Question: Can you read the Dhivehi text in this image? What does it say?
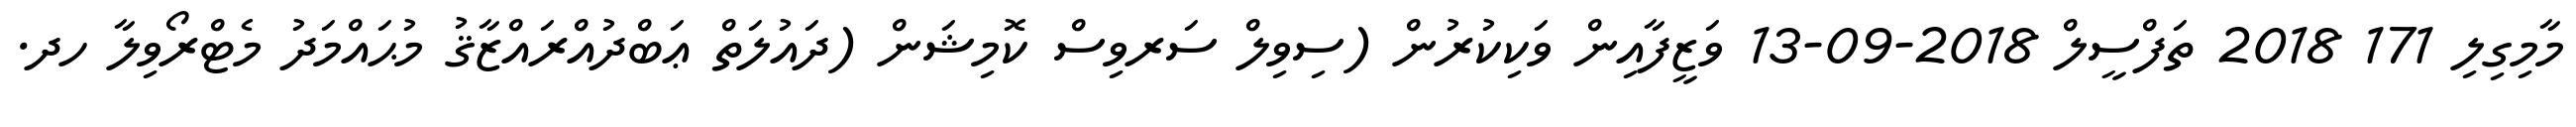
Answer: މާމިގިލި 171 2018 ތަފްސީލް 2018-09-13 ވަޒީފާއިން ވަކިކުރުން (ސިވިލް ސަރވިސް ކޮމިޝަން (ދައުލަތް ޢަބްދުއްރައްޒާޤު މުޙައްމަދު މެޓްރޯވިލާ ހދ.